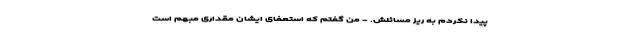
پیدا نکردم به ریز مسائلش. - من گفتم که استعفای ایشان مقداری مبهم است